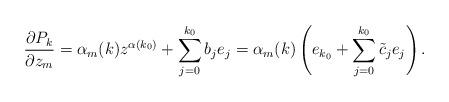
LaTeX: \begin{align*} \frac{\partial P_{k}}{\partial z_m} = \alpha_{m}(k)z^{\alpha(k_0)} + \sum_{j=0}^{k_0} b_j e_j = \alpha_{m}(k) \left(e_{k_0} + \sum_{j=0}^{k_0} \tilde{c}_j e_j \right).\end{align*}